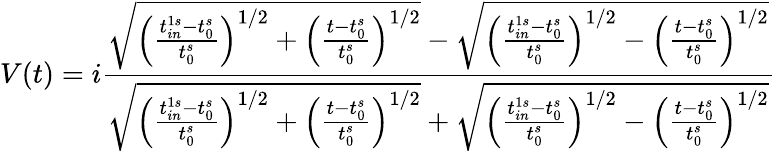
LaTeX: V(t)=i\frac{\sqrt{\left(\frac{t_{in}^{1s}-t_{0}^{s}}{t_{0}^{s}}\right)^{1/2}+\left(\frac{t-t_{0}^{s}}{t_{0}^{s}}\right)^{1/2}}-\sqrt{\left(\frac{t_{in}^{1s}-t_{0}^{s}}{t_{0}^{s}}\right)^{1/2}-\left(\frac{t-t_{0}^{s}}{t_{0}^{s}}\right)^{1/2}}}{\sqrt{\left(\frac{t_{in}^{1s}-t_{0}^{s}}{t_{0}^{s}}\right)^{1/2}+\left(\frac{t-t_{0}^{s}}{t_{0}^{s}}\right)^{1/2}}+\sqrt{\left(\frac{t_{in}^{1s}-t_{0}^{s}}{t_{0}^{s}}\right)^{1/2}-\left(\frac{t-t_{0}^{s}}{t_{0}^{s}}\right)^{1/2}}}